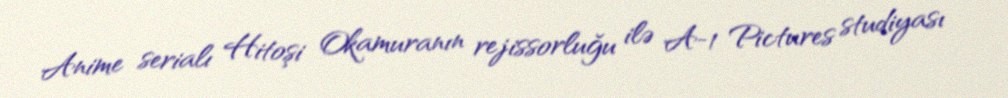
Anime serialı Hitoşi Okamuranın rejissorluğu ilə A-1 Pictures studiyası